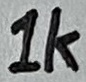
Text: 1K